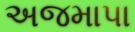
અજમાપા